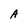
Character: A